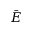
\bar { E }